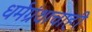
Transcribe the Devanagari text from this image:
धर्मग्रंथाचाही